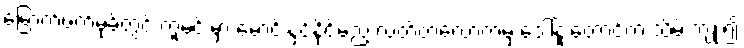
မြောက်ဖက်မုခ်တွင် ကူမင်းမှာ မောင်းနှင်နိုင်မည့် လတ်တလောကမှ ဒေါ်နူးတောင်က သိမ်းကျုံး၍